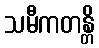
သမီကတန္တိ